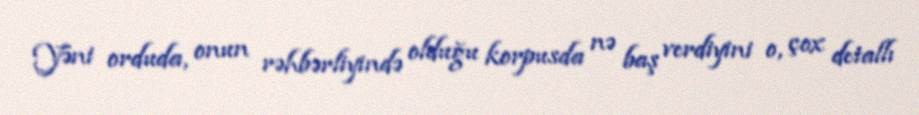
Yəni orduda, onun rəhbərliyində olduğu korpusda nə baş verdiyini o, çox detallı